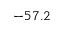
- 5 7 . 2